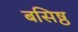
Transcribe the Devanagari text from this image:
बसिष्ठ